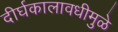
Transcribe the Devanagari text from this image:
दीर्घकालावधीमुळे